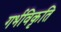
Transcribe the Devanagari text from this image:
गर्भविकृति